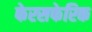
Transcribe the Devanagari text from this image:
फेरसफेरिक